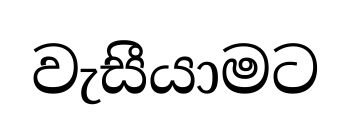
වැසීයාමට